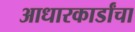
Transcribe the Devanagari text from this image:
आधारकार्डांचा